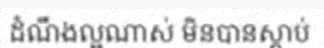
ដំណឹងល្អណាស់ មិនបានស្តាប់